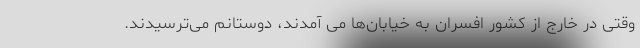
وقتی در خارج از کشور افسران به خیابان‌ها می آمدند، دوستانم می‌ترسیدند.